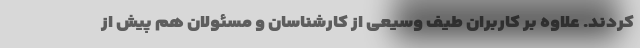
کردند. علاوه بر کاربران طیف وسیعی از کارشناسان و مسئولان هم پیش از